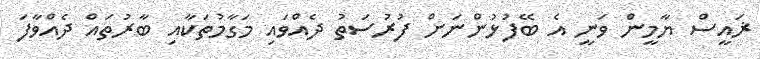
ޜައީސް ޔާމީން ވަނީ އެ ބޭފުޅުންނަށް ފުރުސަތު ދެއްވައި މަގާމުތަކާއި ބާރުތައް ދެއްވާފަ